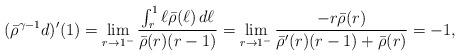
LaTeX: \begin{align*}(\bar{\rho}^{\gamma-1} d)'(1)=\lim_{r \rightarrow 1^-} \frac{ \int_r^1 \ell \bar{\rho}(\ell) \, d \ell }{\bar{\rho}(r)(r-1)}=\lim_{r \rightarrow 1^-} \frac{ - r \bar{\rho}(r) }{\bar{\rho}'(r)(r-1)+\bar{\rho}(r)} = -1,\end{align*}